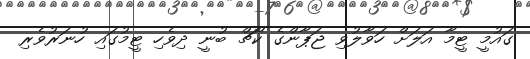
ގައުމީ ޓީމާ އަލަށް ހަވާލުވި ޖަޕާންގެ ކޯޗް ބުނީ ދިވެހި ޓީމުގައި ހުނަރުވެރި